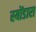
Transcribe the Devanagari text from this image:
स्योंडारा